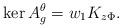
LaTeX: \begin{align*}\ker A_g^{\theta} = w_1 K_{ z \Phi}.\end{align*}